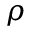
\rho